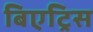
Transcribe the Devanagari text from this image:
बिएट्रिस